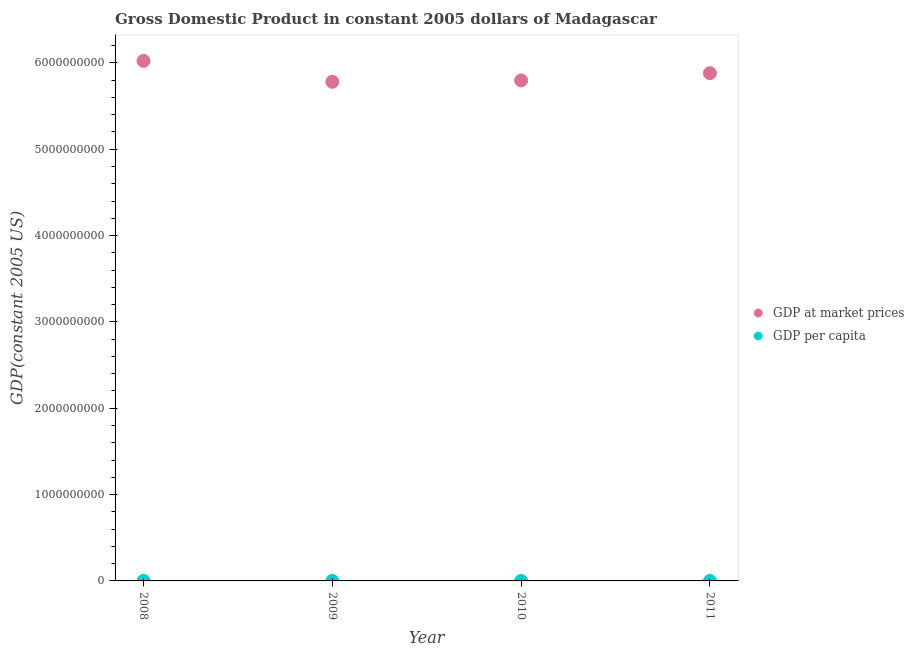
| Year | GDP at market prices | GDP per capita |
 | --- | --- | --- |
 | 2008 | 6.02e+09 | 302 |
 | 2009 | 5.78e+09 | 282 |
 | 2010 | 5.8e+09 | 275 |
 | 2011 | 5.88e+09 | 271 |